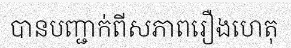
បានបញ្ជាក់ពីសភាពរឿងហេតុ